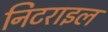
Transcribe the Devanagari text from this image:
निटराइल